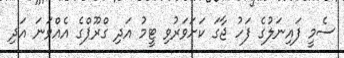
ސެމީ ފައިނަލުގެ ފަހު ޖާގަ ކަށަވަރުވި ޓީމު އަދި ގްރޫޕްގެ އެއްވަނަ އަދި